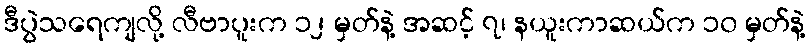
ဒီပွဲသရေကျလို့ လီဗာပူးက ၁၂ မှတ်နဲ့ အဆင့် ၇၊ နယူးကာဆယ်က ၁၀ မှတ်နဲ့